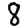
Digit: 8